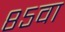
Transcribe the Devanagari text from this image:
८५वा